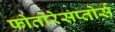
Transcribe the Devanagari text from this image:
फोतोरेसप्तोर्स